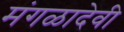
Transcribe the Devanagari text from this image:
मंगळादेवी